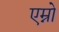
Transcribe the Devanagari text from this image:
एम्नो